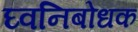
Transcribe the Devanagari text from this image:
घ्वनिबोधक